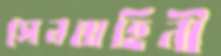
সেনবাহিনী